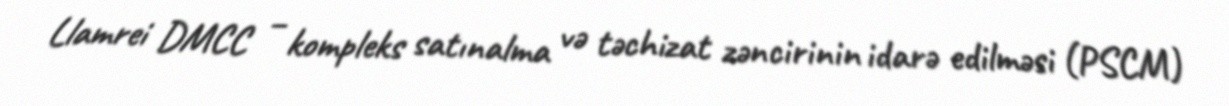
Llamrei DMCC – kompleks satınalma və təchizat zəncirinin idarə edilməsi (PSCM)